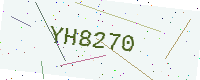
Text: YH8270